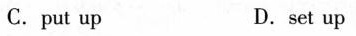
C.put up D.set up